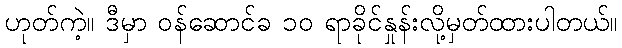
ဟုတ်ကဲ့။ ဒီမှာ ဝန်ဆောင်ခ ၁၀ ရာခိုင်နှုန်းလို့မှတ်ထားပါတယ်။